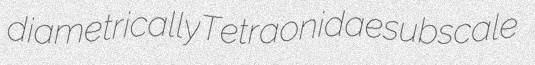
diametrically Tetraonidae subscale